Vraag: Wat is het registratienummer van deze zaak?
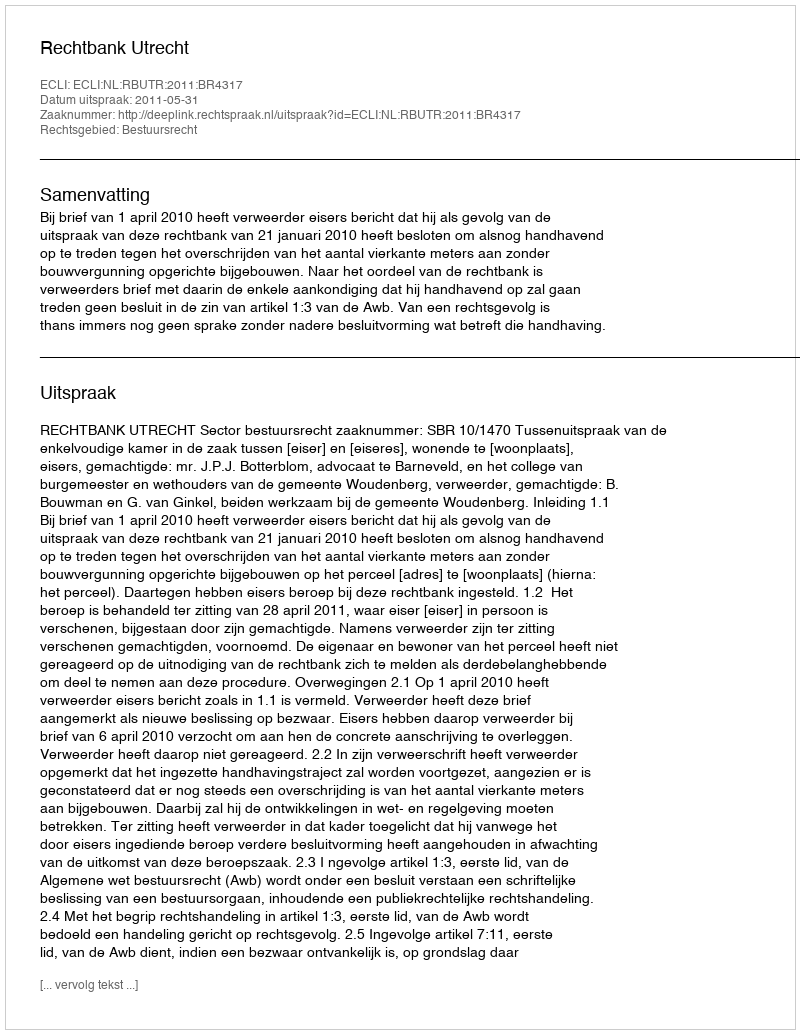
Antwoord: http://deeplink.rechtspraak.nl/uitspraak?id=ECLI:NL:RBUTR:2011:BR4317